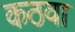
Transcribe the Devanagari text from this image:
कठवा